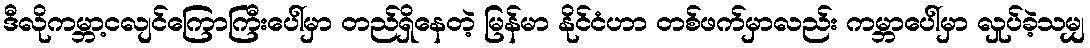
ဒီလိုကမ္ဘာ့ငလျင်ကြောကြီးပေါ်မှာ တည်ရှိနေတဲ့ မြန်မာ နိုင်ငံဟာ တစ်ဖက်မှာလည်း ကမ္ဘာပေါ်မှာ လှုပ်ခဲ့သမျှ